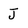
Character: j